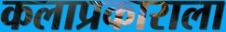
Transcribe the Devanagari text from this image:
कलाप्रकाराला